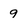
Character: 9